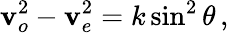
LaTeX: \mathbf{v}_{o}^{2\! }-\mathbf{v}_{e}^{2}=k\sin^{2}\theta\, ,